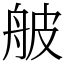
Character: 𦨭